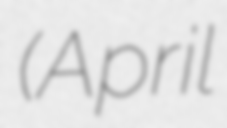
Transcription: (April